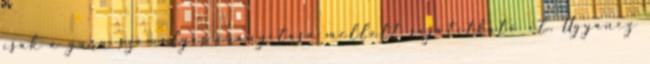
csak a guru személyes irányítása mellett sajátítható el. Ugyanez